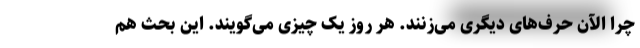
چرا الآن حرف‌های دیگری می‌زنند. هر روز یک چیزی می‌گویند. این بحث هم